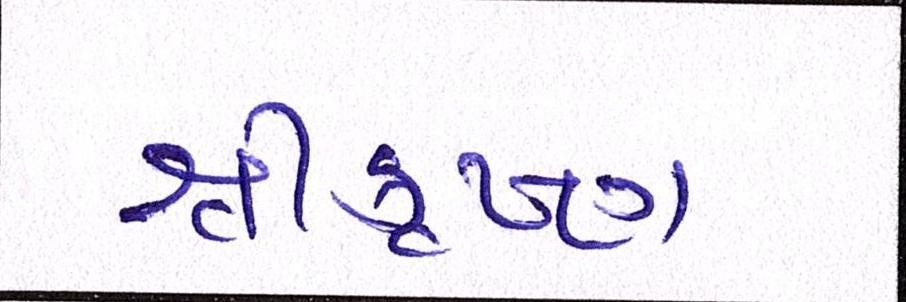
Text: શ્રીકૃષ્ણ